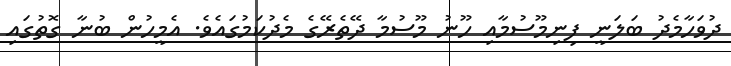
ދުވަހާމެދު ބަލަނީ ފިނިމޫސުމާއި ހޫނު މޫސުމާ ދޭތެރޭގެ މެދުކަމުގައެވެ. އެމީހުން ބުނާ ގޮތުގައި